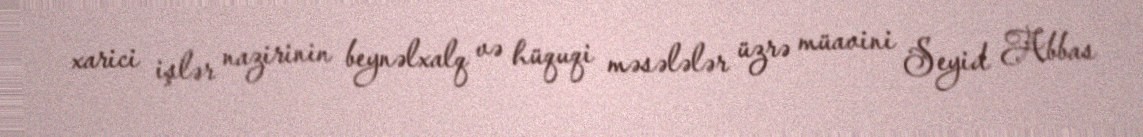
xarici işlər nazirinin beynəlxalq və hüquqi məsələlər üzrə müavini Seyid Abbas